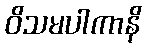
ဝိသမပါကာနိ